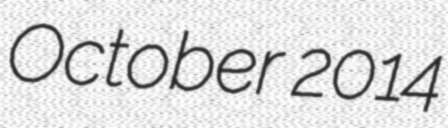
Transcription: October 2014